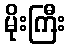
မိုးကြီး